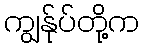
ကျွန်ုပ်တို့က